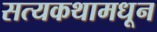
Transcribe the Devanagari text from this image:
सत्यकथामधून